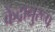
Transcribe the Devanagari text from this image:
केंद्रानुरूप